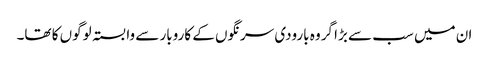
ان میں سب سے بڑا گروہ بارودی سرنگوں کے کاروبار سے وابستہ لوگوں کا تھا۔